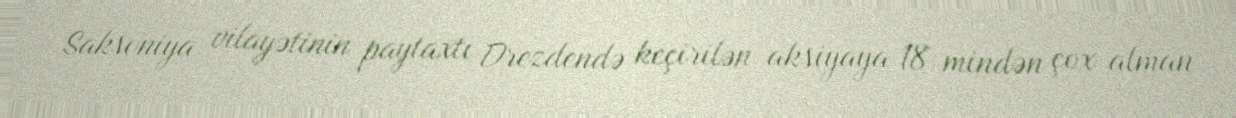
Saksoniya vilayətinin paytaxtı Drezdendə keçirilən aksiyaya 18 mindən çox alman